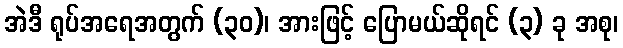
အဲဒီ ရုပ်အရေအတွက် (၃၀)၊ အားဖြင့် ပြောမယ်ဆိုရင် (၃) ခု အစု၊